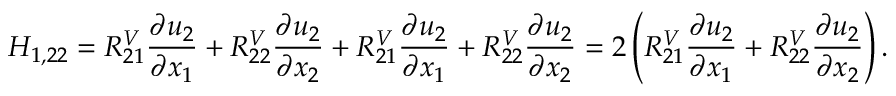
H _ { 1 , 2 2 } = R _ { 2 1 } ^ { V } \frac { \partial u _ { 2 } } { \partial x _ { 1 } } + R _ { 2 2 } ^ { V } \frac { \partial u _ { 2 } } { \partial x _ { 2 } } + R _ { 2 1 } ^ { V } \frac { \partial u _ { 2 } } { \partial x _ { 1 } } + R _ { 2 2 } ^ { V } \frac { \partial u _ { 2 } } { \partial x _ { 2 } } = 2 \left( R _ { 2 1 } ^ { V } \frac { \partial u _ { 2 } } { \partial x _ { 1 } } + R _ { 2 2 } ^ { V } \frac { \partial u _ { 2 } } { \partial x _ { 2 } } \right) .